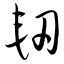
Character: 轫